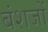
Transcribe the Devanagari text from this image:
बंशजों